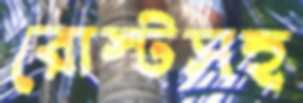
রোস্টসহ